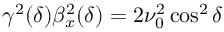
\gamma ^ { 2 } ( \delta ) \beta _ { x } ^ { 2 } ( \delta ) = 2 \nu _ { 0 } ^ { 2 } \cos ^ { 2 } \delta